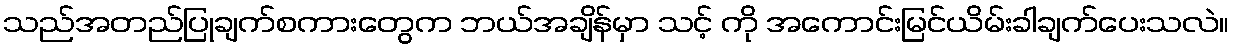
သည်အတည်ပြုချက်စကားတွေက ဘယ်အချိန်မှာ သင့် ကို အကောင်းမြင်ယိမ်းခါချက်ပေးသလဲ။